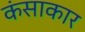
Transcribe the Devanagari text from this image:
कंसाकार